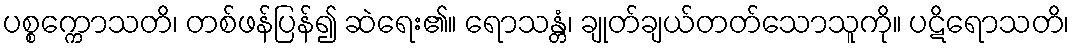
ပစ္စက္ကောသတိ၊ တစ်ဖန်ပြန်၍ ဆဲရေး၏။ ရောသန္တံ၊ ချုတ်ချယ်တတ်သောသူကို။ ပဋိရောသတိ၊